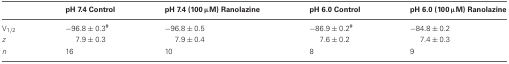
<table><thead><tr><td>[EMPTY_CELL]</td><td><b>pH 7.4 Control</b></td><td><b>pH 7.4 (100 μM) Ranolazine</b></td><td><b>pH 6.0 Control</b></td><td><b>pH 6.0 (100 μM) Ranolazine</b></td></tr></thead><tbody><tr><td>V<sub>1/2</sub></td><td>−96.8 ± 0.3<sup>#</sup></td><td>−96.8 ± 0.5</td><td>−86.9 ± 0.2<sup>#</sup></td><td>−84.8 ± 0.2</td></tr><tr><td><i>z</i></td><td>7.9 ± 0.3</td><td>7.9 ± 0.4</td><td>7.6 ± 0.2</td><td>7.4 ± 0.3</td></tr><tr><td><i>n</i></td><td>16</td><td>10</td><td>8</td><td>9</td></tr></tbody></table>